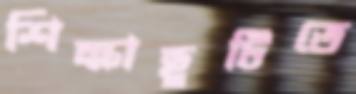
শিক্ষাছুটিতে